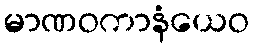
မာဏဝကာနံယေဝ